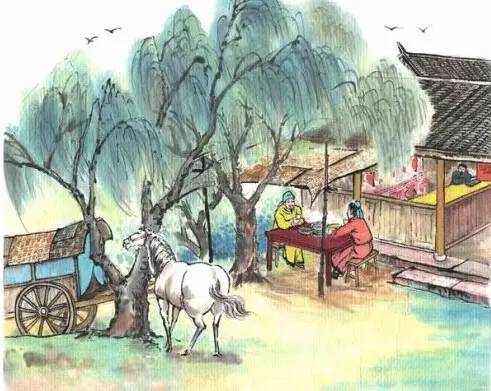
渭城朝雨浥轻尘，客舍青青柳色新。